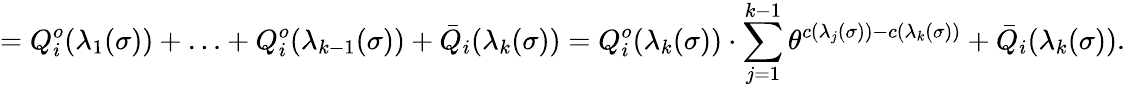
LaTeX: =Q_{i}^{o}(\lambda_{1}(\sigma))+\ldots+Q_{i}^{o}(\lambda_{k-1}(\sigma))+\bar{Q}_{i}(\lambda_{k}(\sigma))=Q_{i}^{o}(\lambda_{k}(\sigma))\cdot\sum_{j=1}^{k-1}\theta^{c(\lambda_{j}(\sigma))-c(\lambda_{k}(\sigma))}+\bar{Q}_{i}(\lambda_{k}(\sigma)).